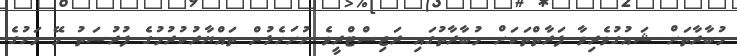
މުބާރާތަށް ޝައުގުވެރިވާ ފަރާތްތަކަށް މުބާރާތުގައި ރަޖިސްޓްރީވެ ހުށަހެޅުން ތައްޔާރުކުރުމުގެ ފުރުސަތު މޭ މަހުގެ